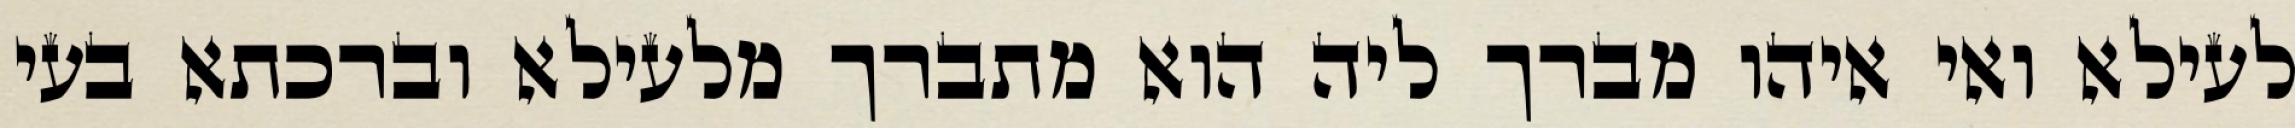
לעילא ואי איהו מברך ליה הוא מתברך מלעילא וברכתא בעי